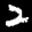
Label: 2